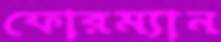
ফোরম্যান